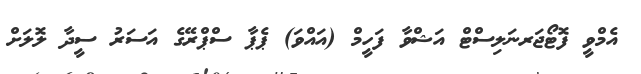
އެމްވީ ފޮޓޯޖަރނަލިސްޓް އަޝްވާ ފަހީމް (އައްވަ) ޕެޕާ ސްޕްރޭގެ އަސަރު ސީދާ ލޮލަށް